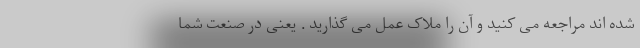
شده اند مراجعه می کنید و آن را ملاک عمل می گذارید . یعنی در صنعت شما